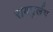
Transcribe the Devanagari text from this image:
रायदुर्लभ